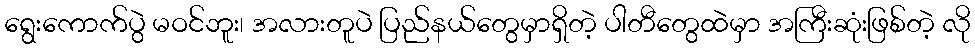
ရွေးကောက်ပွဲ မဝင်ဘူး၊ အလားတူပဲ ပြည်နယ်တွေမှာရှိတဲ့ ပါတီတွေထဲမှာ အကြီးဆုံးဖြစ်တဲ့ လို